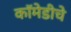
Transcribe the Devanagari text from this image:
कॉमेडीचे